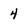
Character: 4